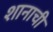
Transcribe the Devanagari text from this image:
शानाची